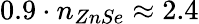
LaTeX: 0.9\cdot n_{ZnSe}\approx 2.4